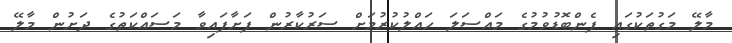
މާލޭ މަގުތަކުގައި ފެންބޮޑުވުމުގެ މައްސަލަ ހައްލުކުރުމަށް ސަރުކާރުން ފަށާފައިވާ މަސައްކަތުގެ ދަށުން މާލޭ